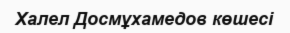
Халел Досмұхамедов көшесі